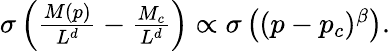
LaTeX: \begin{array}{r}{\sigma\left(\frac{M(p)}{L^{d}}-\frac{M_{c}}{L^{d}}\right)\propto\sigma\left((p-p_{c})^{\beta}\right).}\end{array}